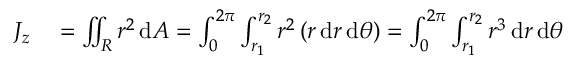
\begin{array} { r l } { J _ { z } } & { { } = \iint _ { R } r ^ { 2 } \, \mathrm { d } A = \int _ { 0 } ^ { 2 \pi } \int _ { r _ { 1 } } ^ { r _ { 2 } } r ^ { 2 } \left( r \, \mathrm { d } r \, \mathrm { d } \theta \right) = \int _ { 0 } ^ { 2 \pi } \int _ { r _ { 1 } } ^ { r _ { 2 } } r ^ { 3 } \, \mathrm { d } r \, \mathrm { d } \theta } \end{array}